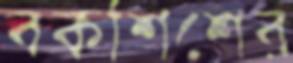
বকশিশের